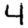
Digit: 4